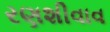
રણશીવાવ